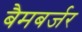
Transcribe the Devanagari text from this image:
बैमबर्जर